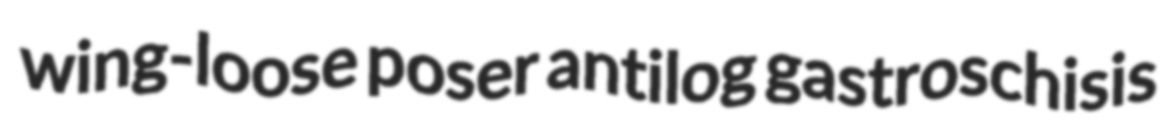
wing-loose poser antilog gastroschisis